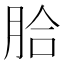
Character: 䏩